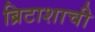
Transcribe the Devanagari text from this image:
ब्रिटाशाची